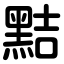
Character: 黠